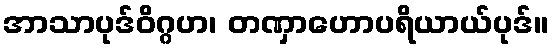
အာသာပုဒ်ဝိဂ္ဂဟ၊ တဏှာဟောပရိယာယ်ပုဒ်။